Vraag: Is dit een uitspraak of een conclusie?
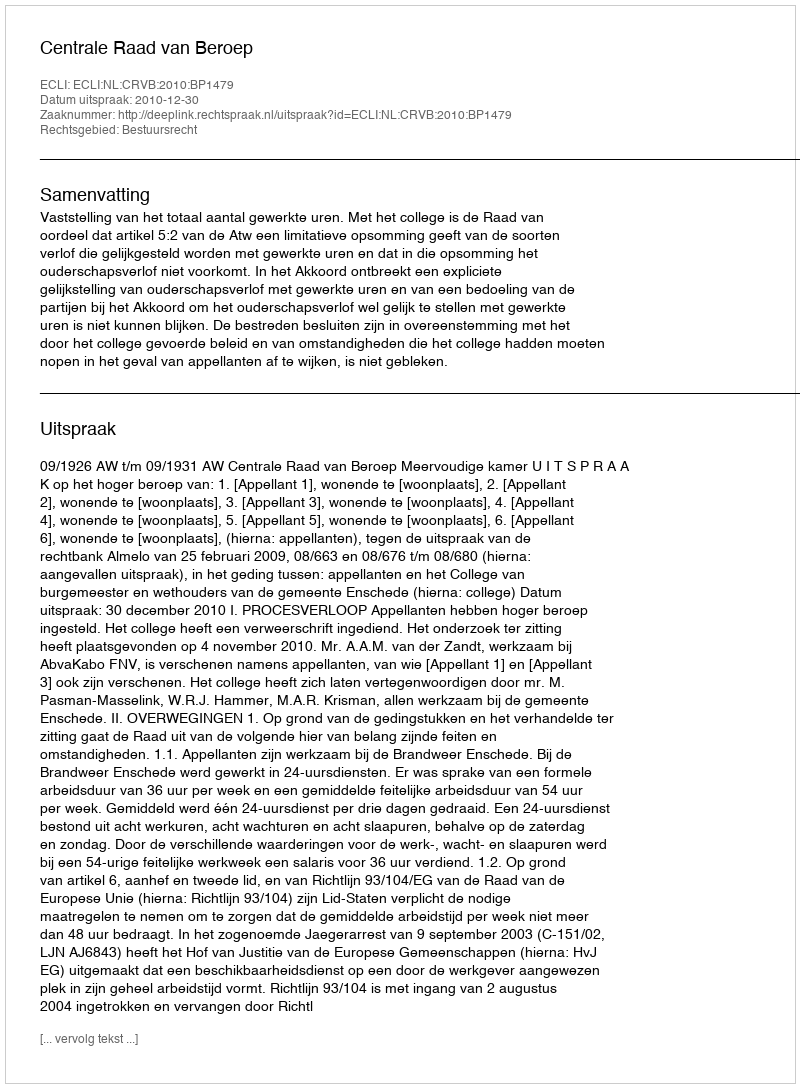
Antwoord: Uitspraak